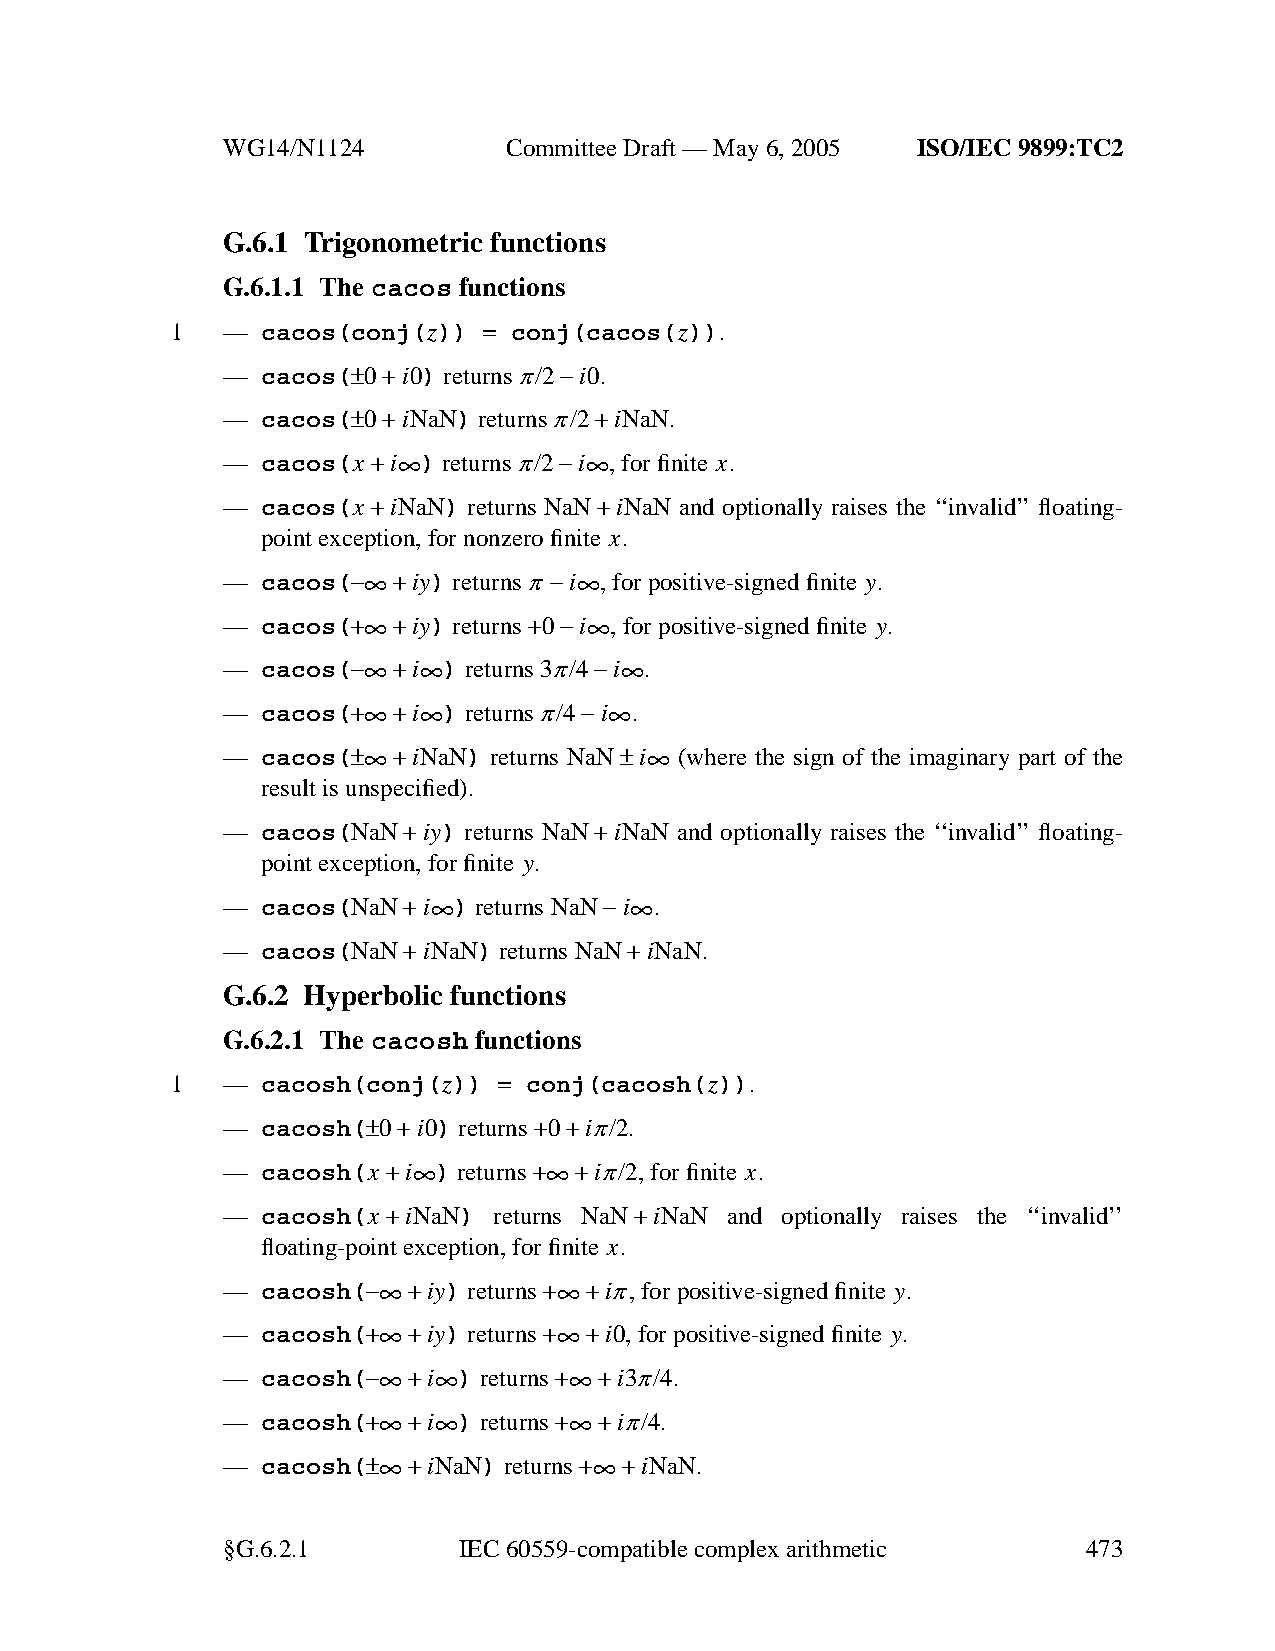
WG14/N1124        CommitteeDraft — May 6, 2005 ISO/IEC 9899:TC2
 G.6.1 Trigonometric functions
 G.6.1.1 The cacos functions
 1   — cacos(conj(z)) = conj(cacos(z)).
 — cacos(±0+i0) returnsπ/2−i0.
 — cacos(±0+iNaN) returnsπ/2+iNaN.
 — cacos(x
 +i∞
 )
 returnsπ/2−i∞
 ,for finite x.
 — cacos(x +iNaN) returns NaN+iNaN and optionally raises the ‘‘invalid’’ floating-
 point exception, for nonzero finite x.
 —
 cacos(−∞+iy) returnsπ−i∞
 ,for positive-signed finite y.
 —
 cacos(+∞+iy) returns+0−i∞
 ,for positive-signed finite y.
 —
 cacos(−∞+i∞
 ) returns
 3π/4−i∞
 .
 —
 cacos(+∞+i∞
 )
 returnsπ/4−i∞
 .
 —
 cacos(±∞+iNaN)
 returns
 NaN±i∞
 (where the sign of the imaginary part of the
 result is unspecified).
 — cacos(NaN+iy) returns NaN+iNaN and optionally raises the ‘‘invalid’’ floating-
 point exception, for finite y.
 —
 cacos(NaN+i∞
 ) returns
 NaN−i∞
 .
 — cacos(NaN+iNaN) returns NaN+iNaN.
 G.6.2 Hyperbolic functions
 G.6.2.1 The cacosh functions
 1   — cacosh(conj(z)) = conj(cacosh(z)).
 — cacosh(±0+i0) returns+0+iπ/2.
 — cacosh(x
 +i∞
 )
 returns+∞+iπ/2,
 for finite x.
 — cacosh(x +iNaN) returns NaN+iNaN and optionally raises the ‘‘invalid’’
 floating-point exception, for finite x.
 —
 cacosh(−∞+iy) returns+∞+iπ,for
 positive-signed finite y.
 —
 cacosh(+∞+iy) returns+∞+i0,
 for positive-signed finite y.
 —
 cacosh(−∞+i∞
 )
 returns+∞+i3π/4.
 —
 cacosh(+∞+i∞
 )
 returns+∞+iπ/4.
 —
 cacosh(±∞+iNaN) returns+∞+iNaN.
 §G.6.2.1       IEC 60559-compatible complexarithmetic    473